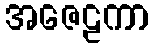
အဇေဠကာ